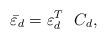
LaTeX: \begin{align*}{\bar \varepsilon_d} = \varepsilon_d^T \ \ C_d ,\end{align*}